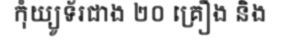
កុំយ្យូទ័រជាង ២០ គ្រឿង និង